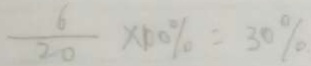
\frac { 6 } { 2 0 } \times 1 0 \% = 3 0 \%